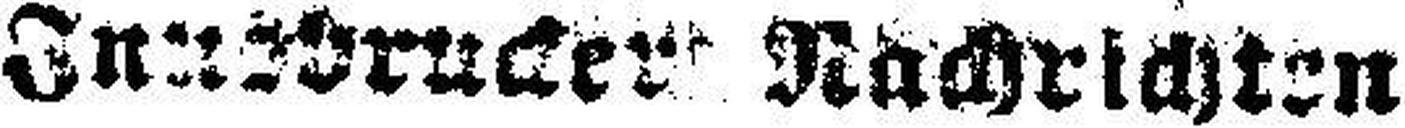
Innsbrucker Nachrichten